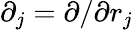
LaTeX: \partial_{j}=\partial/\partial r_{j}